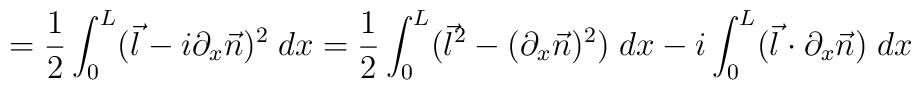
= \frac{1}{2} \int_{0}^{L} (\vec{l} -i\partial_{x} \vec{n})^{2} \;dx \\= \frac{1}{2} \int_{0}^{L} (\vec{l}^{2} - (\partial_{x} \vec{n})^{2})\; dx \\   - i \int_{0}^{L} (\vec{l} \cdot \partial_{x}\vec{n})\; dx